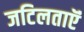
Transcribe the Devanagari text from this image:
जटिलताऍं